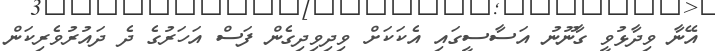
އޭނާ ވިދާޅުވީ ގާނޫނު އަސާސީގައި އެކަކަށް ވިދިވިދިގެން ފަސް އަހަރުގެ ދެ ދައުރުވެރިކަން